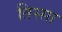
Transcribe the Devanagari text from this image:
तिस्सा